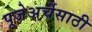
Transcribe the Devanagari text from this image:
पूजेअर्चेसाठी